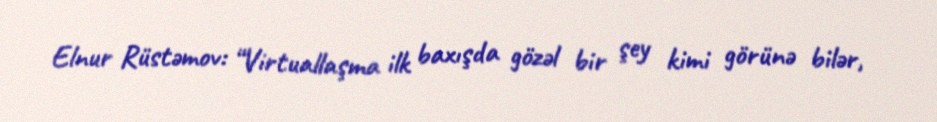
Elnur Rüstəmov: “Virtuallaşma ilk baxışda gözəl bir şey kimi görünə bilər,